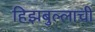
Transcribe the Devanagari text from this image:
हिझबुल्लाची